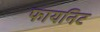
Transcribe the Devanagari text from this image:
फायनिट